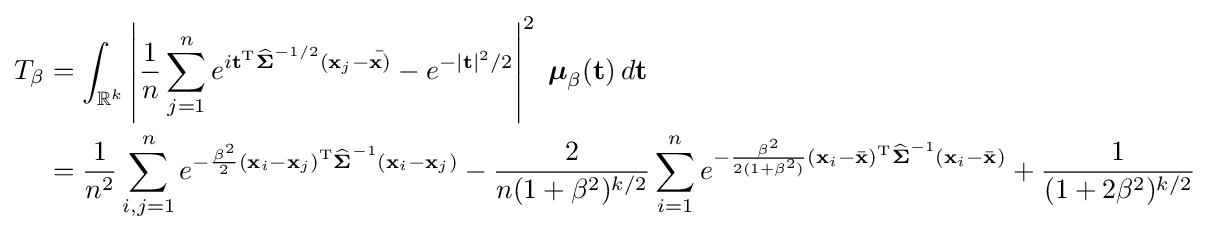
{\begin{aligned}T_{\beta }&=\int _{\mathbb {R} ^{k}}\left|{1 \over n}\sum _{j=1}^{n}e^{i\mathbf {t} ^{\mathrm {T} }{\widehat {\boldsymbol {\Sigma }}}^{-1/2}(\mathbf {x} _{j}-{\bar {\mathbf {x} )}}}-e^{-|\mathbf {t} |^{2}/2}\right|^{2}\;{\boldsymbol {\mu }}_{\beta }(\mathbf {t} )\,d\mathbf {t} \\&={1 \over n^{2}}\sum _{i,j=1}^{n}e^{-{\beta ^{2} \over 2}(\mathbf {x} _{i}-\mathbf {x} _{j})^{\mathrm {T} }{\widehat {\boldsymbol {\Sigma }}}^{-1}(\mathbf {x} _{i}-\mathbf {x} _{j})}-{\frac {2}{n(1+\beta ^{2})^{k/2}}}\sum _{i=1}^{n}e^{-{\frac {\beta ^{2}}{2(1+\beta ^{2})}}(\mathbf {x} _{i}-{\bar {\mathbf {x} }})^{\mathrm {T} }{\widehat {\boldsymbol {\Sigma }}}^{-1}(\mathbf {x} _{i}-{\bar {\mathbf {x} }})}+{\frac {1}{(1+2\beta ^{2})^{k/2}}}\end{aligned}}